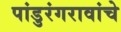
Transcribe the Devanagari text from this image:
पांडुरंगरावांचे